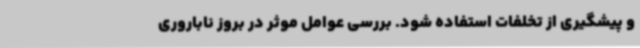
و پیشگیری از تخلفات استفاده شود. بررسی عوامل موثر در بروز ناباروری